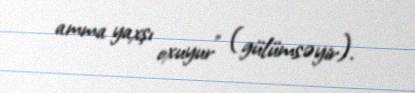
amma yaxşı oxuyur” (gülümsəyir).